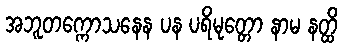
အဘူတက္ကောသနေန ပန ပရိမုတ္တော နာမ နတ္ထိ